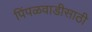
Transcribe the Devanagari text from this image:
पिंपळवाडीसाठी